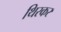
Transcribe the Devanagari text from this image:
थिरकर